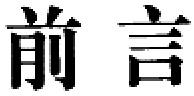
前言